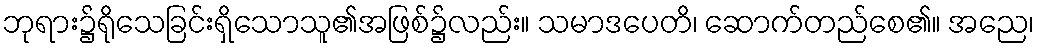
ဘုရား၌ရိုသေခြင်းရှိသောသူ၏အဖြစ်၌လည်း။ သမာဒပေတိ၊ ဆောက်တည်စေ၏။ အညေ၊